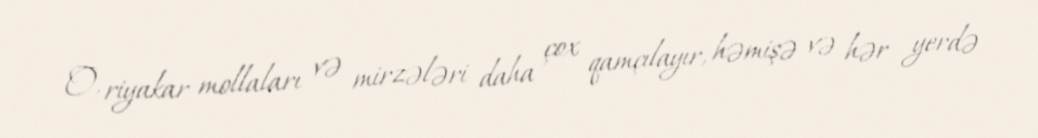
O, riyakar mollaları və mirzələri daha çox qamçılayır, həmişə və hər yerdə